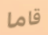
قاما